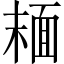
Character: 𩈘